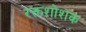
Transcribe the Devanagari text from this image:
रक्तशोशक